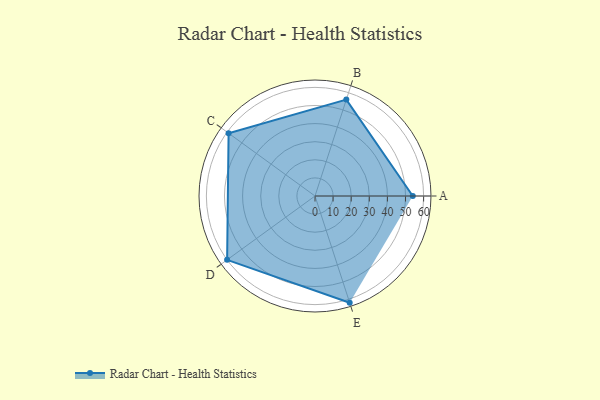
{"axis": {"x": "Skill", "y": "Score"}, "legend": ["Profile"], "data": [{"x": "A", "y": 54.0, "type": "Profile"}, {"x": "B", "y": 56.0, "type": "Profile"}, {"x": "C", "y": 59.0, "type": "Profile"}, {"x": "D", "y": 60.0, "type": "Profile"}, {"x": "E", "y": 62.0, "type": "Profile"}]}